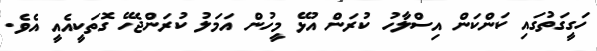
ހަގީގަތުގައި ކަންކަން އިސްލާހު ކުރަން އުޅޭ މީހުން އަމަލު ކުރަންޖެހޭ ގޮތަކީއެއީ އެވެ.